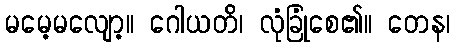
မမေ့မလျော့။ ဂေါယတိ၊ လုံခြုံစေ၏။ တေန၊